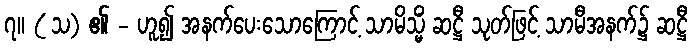
၇။ ( သ) ၏ - ဟူ၍ အနက်ပေးသောကြောင့် သာမိသ္မိံ ဆဋ္ဌီ သုတ်ဖြင့် သာမီအနက်၌ ဆဋ္ဌီ